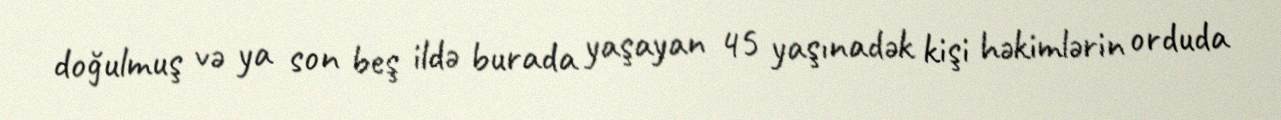
doğulmuş və ya son beş ildə burada yaşayan 45 yaşınadək kişi həkimlərin orduda